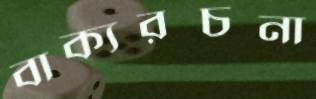
বাক্যরচনা